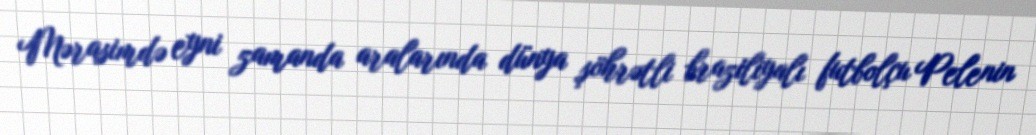
Mərasimdə eyni zamanda aralarında dünya şöhrətli braziliyalı futbolçu Pelenin